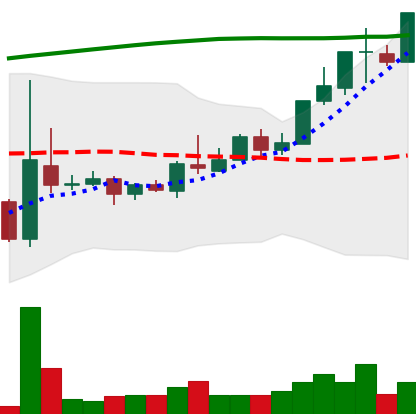
Ticker: TRX-USD
Chart end date: 2018-04-23
Forward return: 39.484%
Label: up_7plus